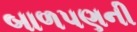
બાળપણની